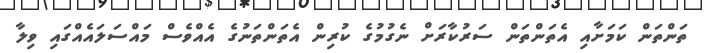
ތަންތަން ކަމަށާއި އެތަންތަން ސަރުކާރަށް ނެގުމުގެ ކުރިން އެތަންތަނުގެ އެއްވެސް މައްސަލައެއްގައި ވިލާ